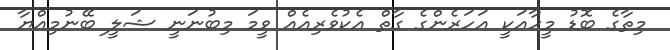
މިތާގެ ބޮޑު މީހާއަކީ އަހަރެންގެ ގާތް އެކުވެރިއެއް ވީމަ މިބުނަނީ ޝަލީ ބޭނުމިއްޔާ